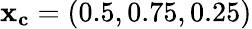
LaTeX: \mathbf{x_{c}}=(0.5,0.75,0.25)